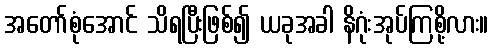
အတော်စုံအောင် သိရပြီးဖြစ်၍ ယခုအခါ နိဂုံးအုပ်ကြစို့လား။